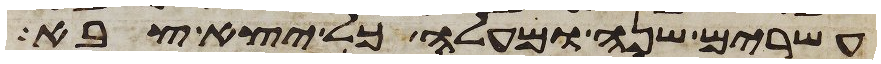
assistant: עשרים שנה ומעלה כל יצא צבא